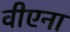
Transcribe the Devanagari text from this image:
वीएना